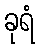
ခုရံ